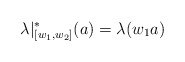
\begin{align*}\lambda|^*_{[w_1,w_2]}(a)= \lambda(w_1a)\end{align*}